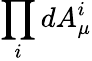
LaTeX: \prod_{i}dA_{\mu}^{i}